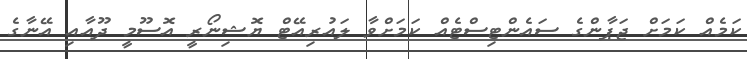
ކަމެއް ކަމަށް ޖަޕާންގެ ސައެންޓިސްޓެއް ކަމަށްވާ ލައުރިއޭޓް ޔޮޝިނޯރީ އޮސޫމީ ދޫއާއި އޭނާގެ